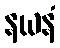
နယနံ